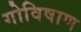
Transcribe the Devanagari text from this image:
गोविषाण